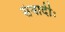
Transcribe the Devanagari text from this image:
संवादीः